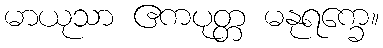
မာယုသာ ဧကပုတ္တ မနုရက္ခေ။